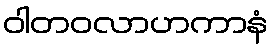
ဝါတဝလာဟကာနံ